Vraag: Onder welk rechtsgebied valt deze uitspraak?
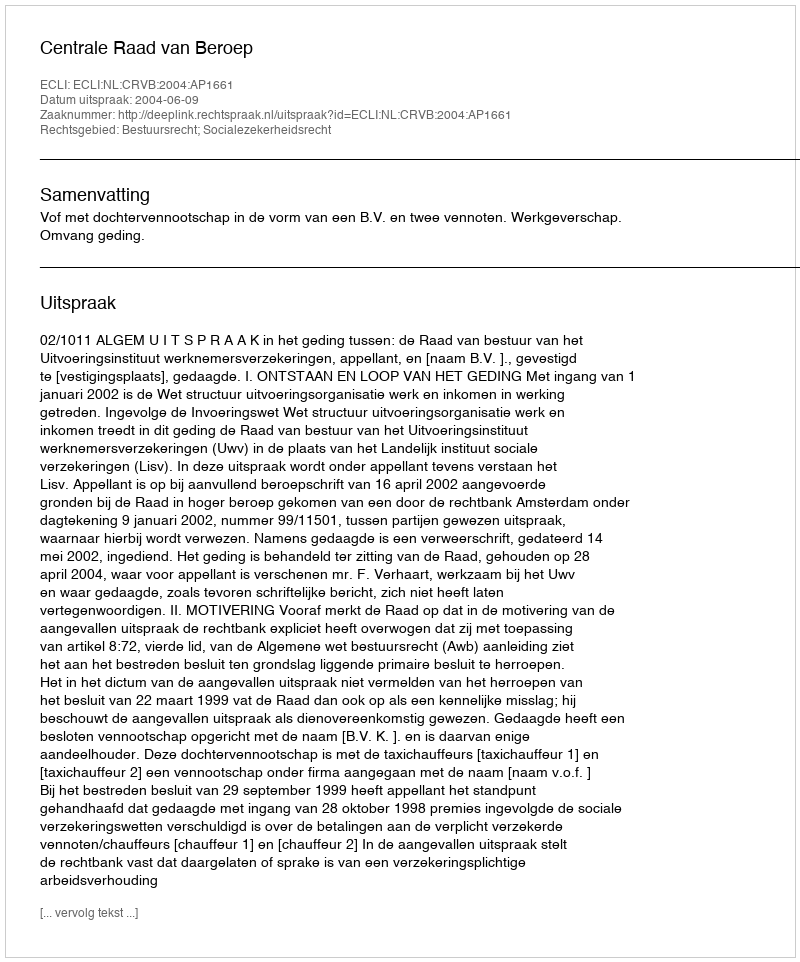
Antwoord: Bestuursrecht; Socialezekerheidsrecht